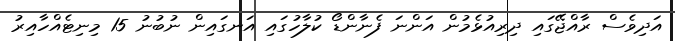
އަދިވެސް ރާއްޖޭގައި ދިރިއުޅެމުން އަންނަ ފެނާންޑޯ ކުލާހުގައި އަނގައިން ނުބުނު 15 މިނިޓެއްހާއިރު